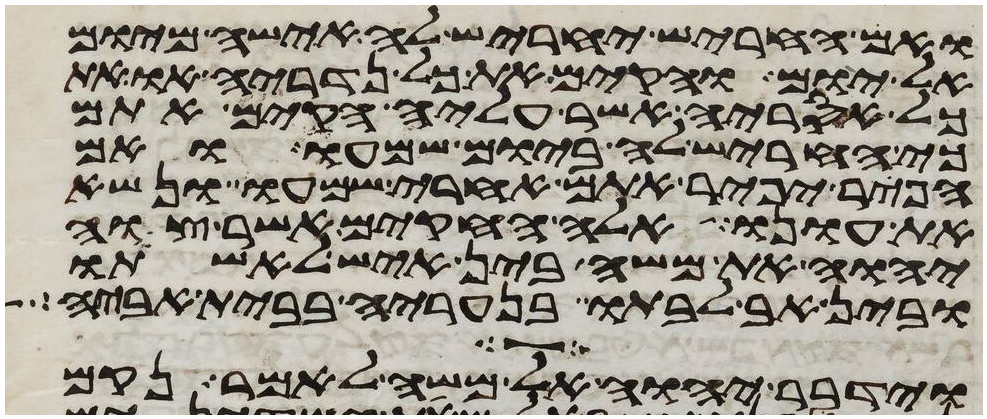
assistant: ואם החריש יחריש לה אישה מיום
אל יום והקם את כל נדריה או את
כל אסריה אשר עליה הקים אתם
כי חריש לה ביום שמעו ואם
הפר יפיר אתם אחרי שמעו ונשא
את עונו אלה החקים אשר צוה
יהוה את משה בין איש לאשתו
ובין אב לבתו בנעריה בבית אביה
וידבר יהוה אל משה לאמר נקם